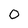
Character: O